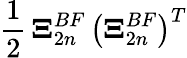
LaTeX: \frac{1}{2}\, \boldsymbol{\Xi}_{2n}^{BF}\, \bigl(\boldsymbol{\Xi}_{2n}^{BF}\bigr)^{T}